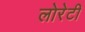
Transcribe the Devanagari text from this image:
लोरेटी